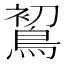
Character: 𪁲